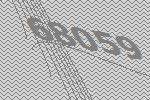
68059